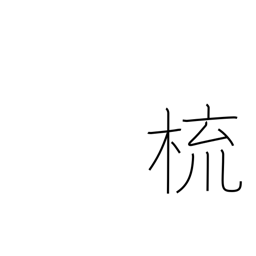
Meaning: comb (hair)